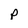
Character: p